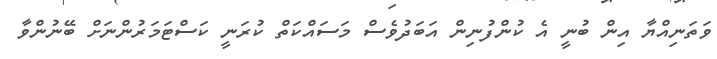
ވަތަނިއްޔާ އިން ބުނީ އެ ކުންފުނިން އަބަދުވެސް މަސައްކަތް ކުރަނީ ކަސްޓަމަރުންނަށް ބޭނުންވާ